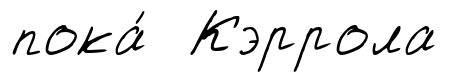
пока́ Кэррола